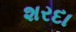
શરદા